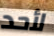
لأحد